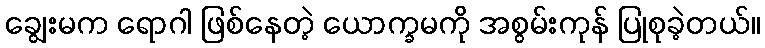
ချွေးမက ရောဂါ ဖြစ်နေတဲ့ ယောက္ခမကို အစွမ်းကုန် ပြုစုခဲ့တယ်။